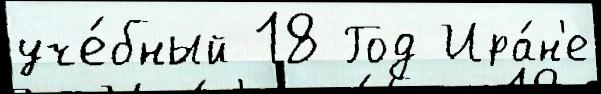
уче́бный 18 Год Ира́н'е